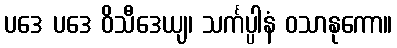
ပဒေ ပဒေ ဝိသီဒေယျ၊ သင်္ကပ္ပါနံ ဝသာနုကော။